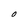
Character: O